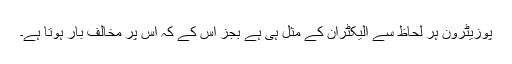
پوزیٹرون ہر لحاظ سے الیکٹران کے مثل ہی ہے بجز اس کے کہ اس پر مخالف بار ہوتا ہے۔